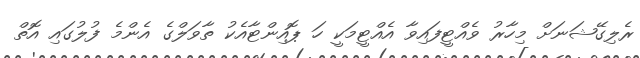
ރެލިގޭޝަނަށް މިހާރު ވެއްޓީފައިވާ އެއްޓީމަކީ ހަ ޕޮއިންޓާއެކު ތާވަލްގެ އެންމެ ފުލުގައި އޮތް